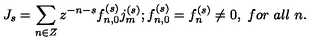
J _ { s } = \sum _ { n \in Z } z ^ { - n - s } f _ { n , 0 } ^ { ( s ) } j _ { m } ^ { ( s ) } ; f _ { n , 0 } ^ { ( s ) } = f _ { n } ^ { ( s ) } \neq 0 , \ f o r \ a l l \ n .